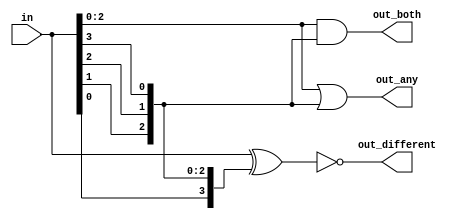
module top_module( 
    input [3:0] in,
    output [2:0] out_both,
    output [3:1] out_any,
    output [3:0] out_different );

    wire [3:0] in_wrapped;
    assign in_wrapped[0] = in[3];
    assign in_wrapped[1] = in[2];
    assign in_wrapped[2] = in[1];
    assign in_wrapped[3] = in[0];

    assign out_both = (in & in_wrapped);
    assign out_any = (in | in_wrapped);
    assign out_different = (~(in ^ in_wrapped));

endmodule